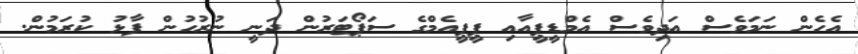
އެހެން ނަމަވެސް އަދިވެސް އެމްޑީޕީއާއި ޕީޕީއެމްގެ ސަޕޯޓަރުން ދަނީ ނުރުހުން ފާޅު ކުރަމުން.